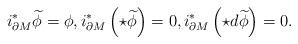
LaTeX: \begin{align*}i^*_{\partial M}\widetilde{\phi}=\phi,i^*_{\partial M}\left(\star \widetilde{\phi}\right)=0, i^*_{\partial M}\left(\star d\widetilde{\phi}\right)=0.\end{align*}